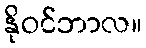
နိုဝင်ဘာလ။